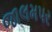
જાલમપર